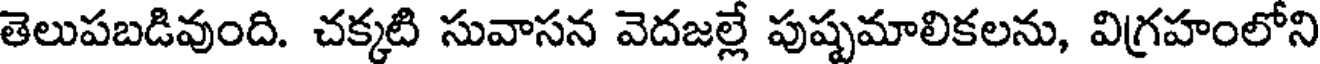
తెలుపబడివుంది. చక్కటి సువాసన వెదజల్లే పుష్పమాలికలను, విగ్రహంలోని